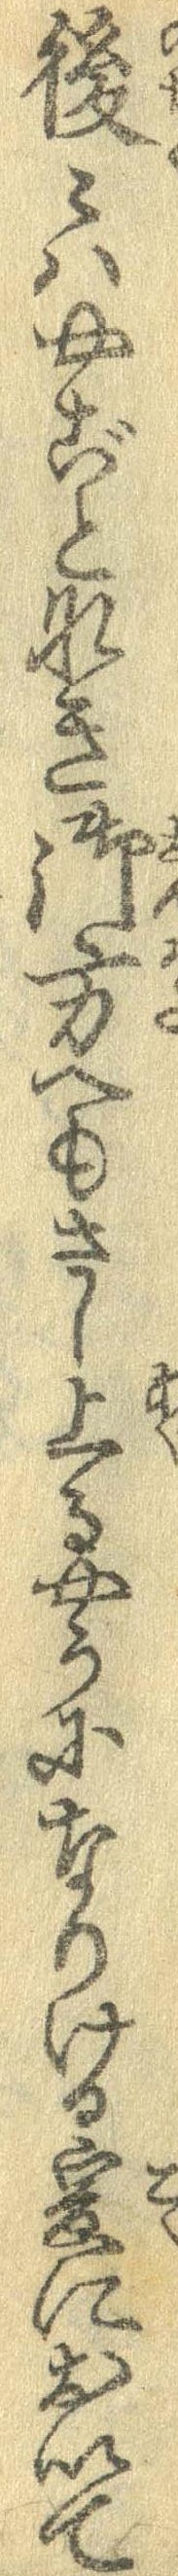
後々はやごとなき御方へもさし上るやうになりける爰において